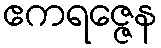
ဧကရဇ္ဇေန